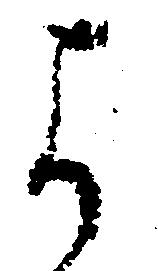
よ